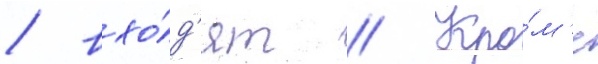
/ вхо́д'ят // Кро́м'е